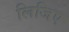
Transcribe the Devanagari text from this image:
लिजिए